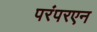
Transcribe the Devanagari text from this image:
परंपरएन